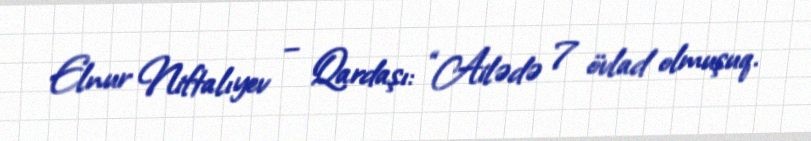
Elnur Niftalıyev – Qardaşı: “Ailədə 7 övlad olmuşuq.